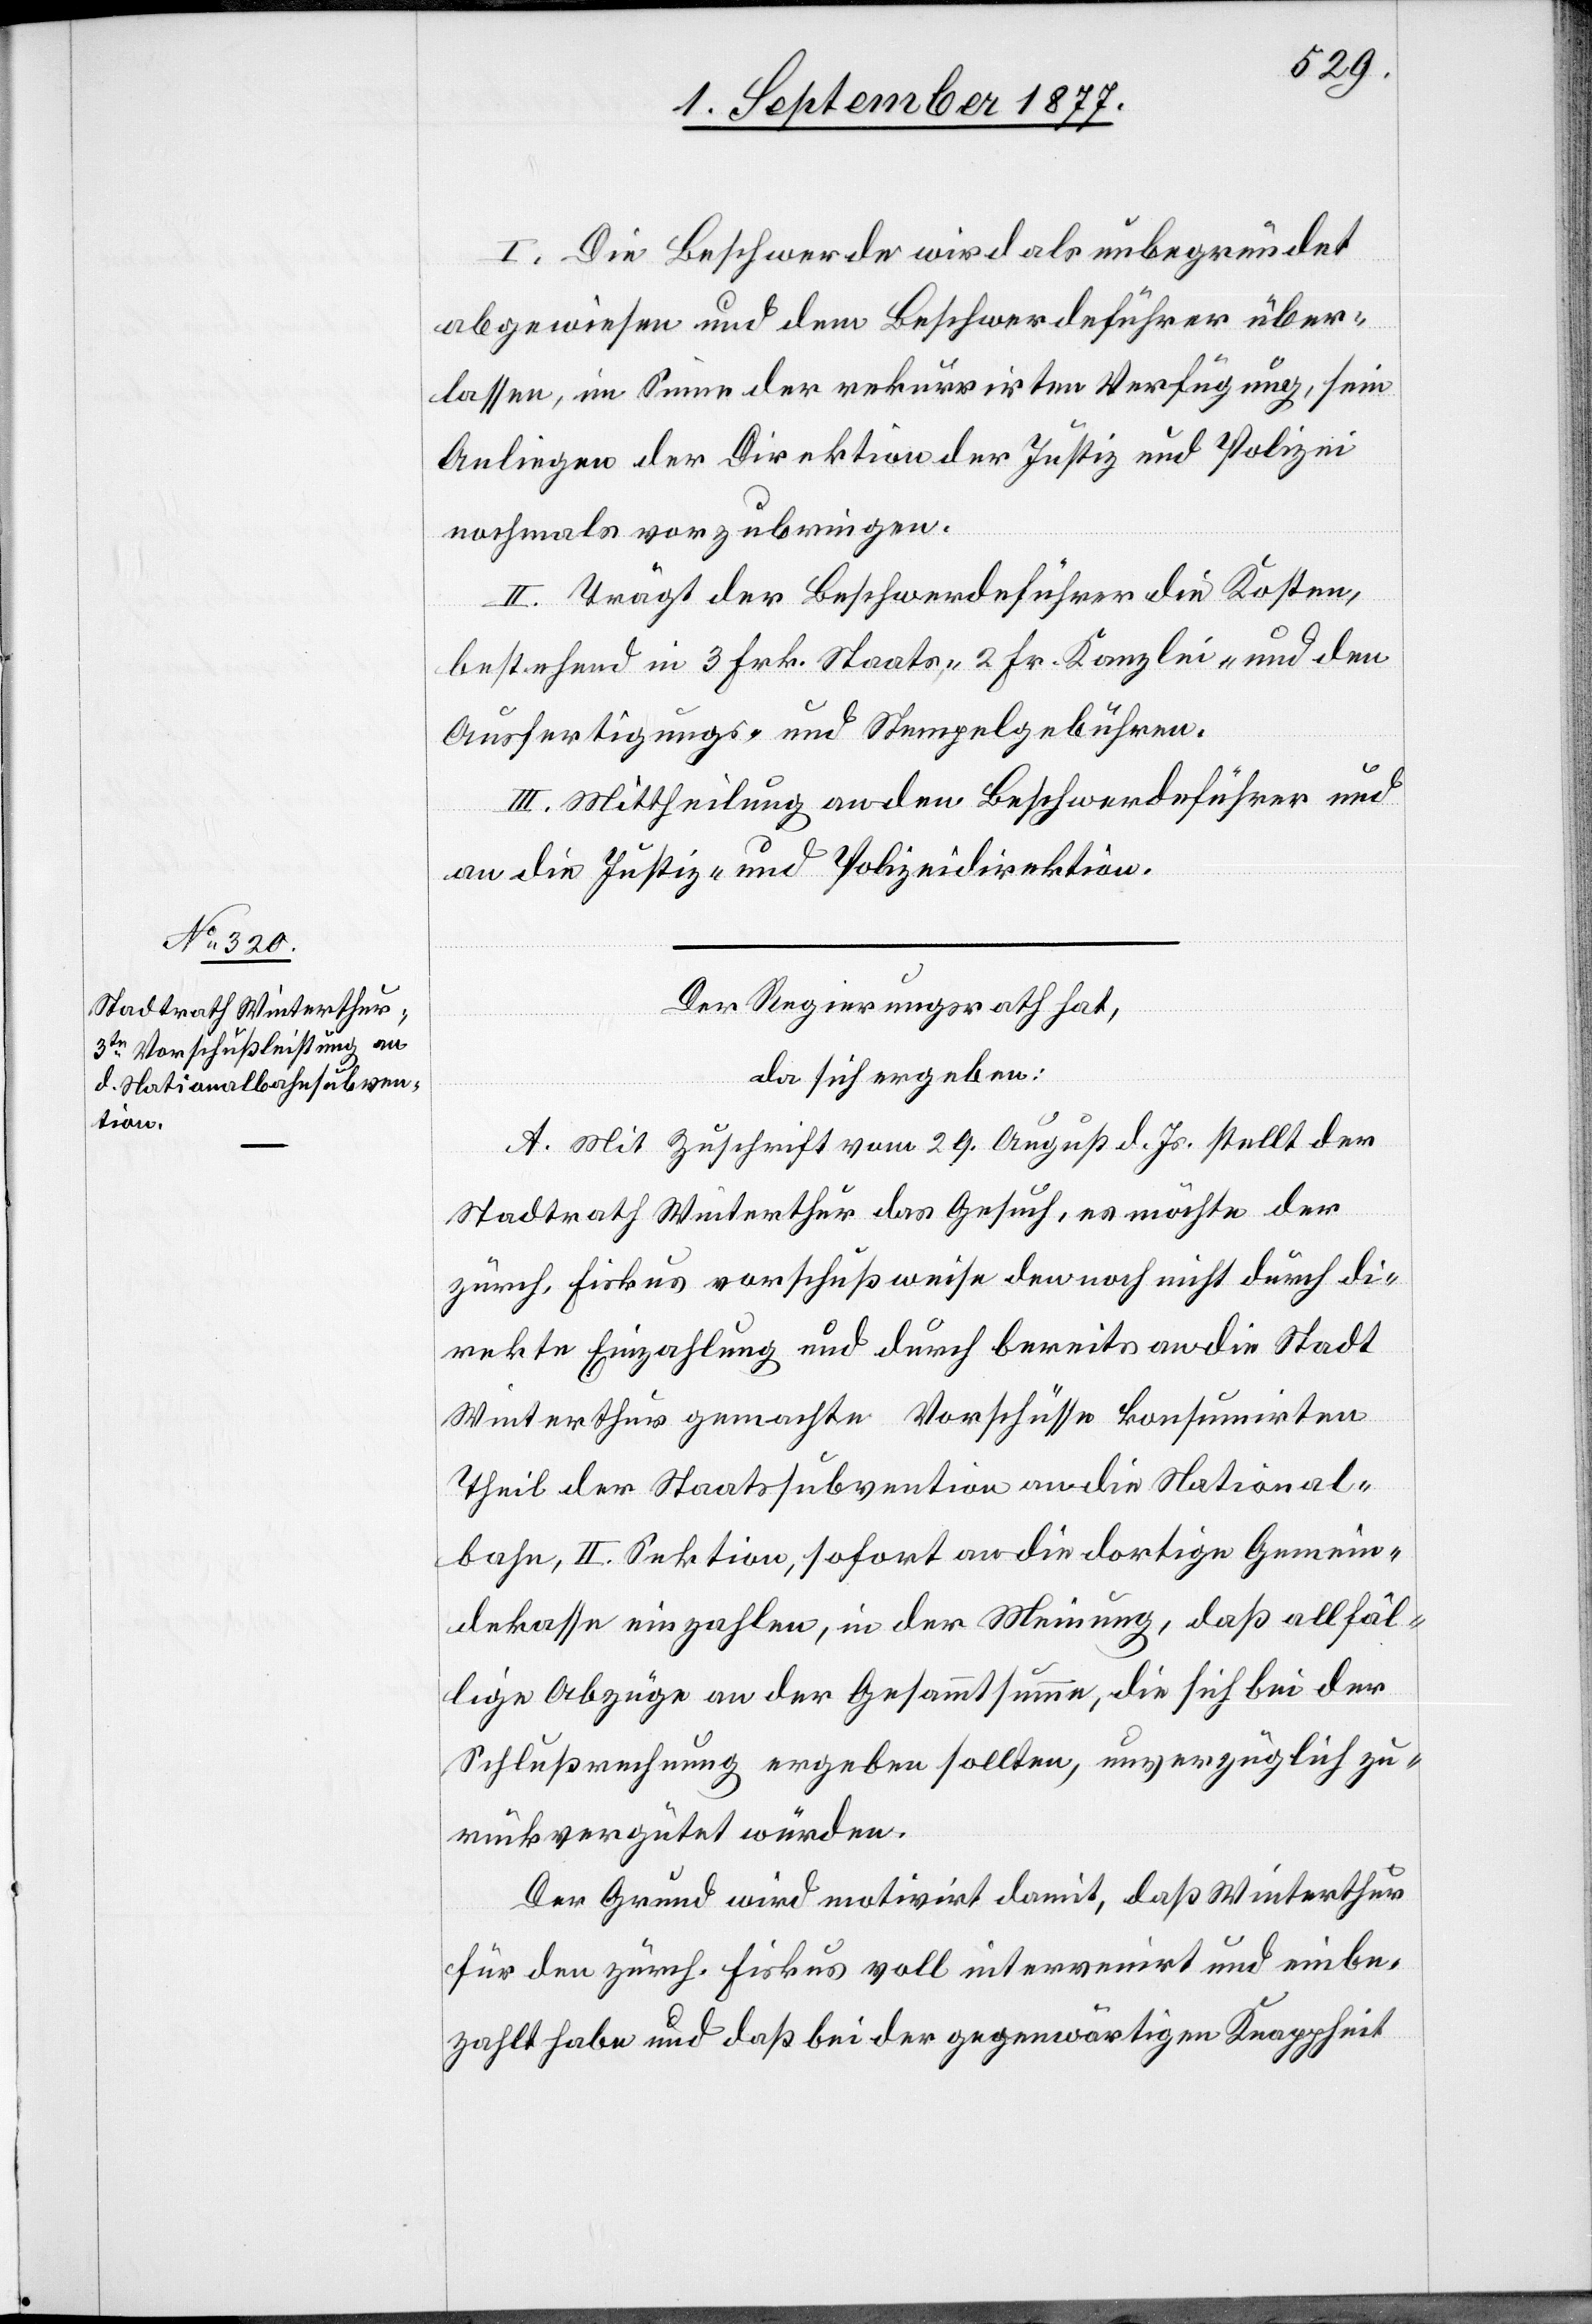
I. Die Beschwerde wird als unbegründet
abgewiesen und dem Beschwerdeführer über¬
lassen, im Sinne der rekurrirten Verfügung, sein
Anliegen der Direktion der Justiz und Polizei
nochmals vorzubringen.
II. Trägt der Beschwerdeführer die Kosten,
bestehend in 3 Frk. Staats-, 2 Fr. Kanzlei- und den
Ausfertigungs- und Stempelgebühren.
III. Mittheilung an den Beschwerdeführer und
an die Justiz- und Polizeidirektion.
Der Regierungsrath hat,
da sich ergeben:
A. Mit Zuschrift vom 29. August d. Js. stellt der
Stadtrath Winterthur das Gesuch, es möchte der
zürch. Fiskus vorschußweise den noch nicht durch di¬
rekte Einzahlung und durch bereits an die Stadt
Winterthur gemachte Vorschüsse konsumirten
Theil der Staatssubvention an die National¬
bahn, II. Sektion, sofort an die dortige Gemein¬
dekasse einzahlen, in der Meinung, daß allfäl¬
lige Abzüge an der Gesammtsumme, die sich bei der
Schlußrechnung ergeben sollten, unverzüglich zu¬
rückvergütet würden.
Der Grund wird motivirt damit, daß Winterthur
für den zürch. Fiskus voll intervenirt und einbe¬
zahlt habe und daß bei der gegenwärtigen Knappheit